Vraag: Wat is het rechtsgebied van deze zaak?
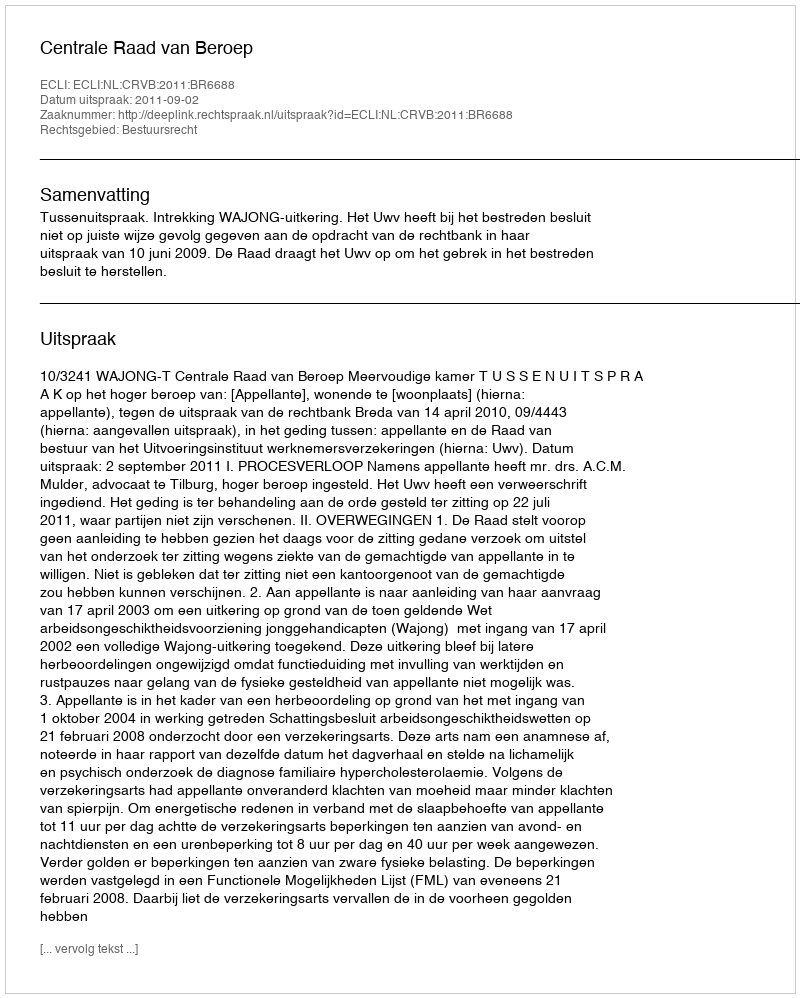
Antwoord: Bestuursrecht